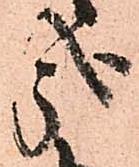
哉